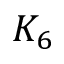
K _ { 6 }